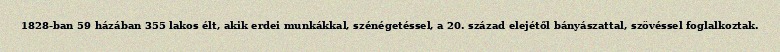
1828-ban 59 házában 355 lakos élt, akik erdei munkákkal, szénégetéssel, a 20. század elejétől bányászattal, szövéssel foglalkoztak.